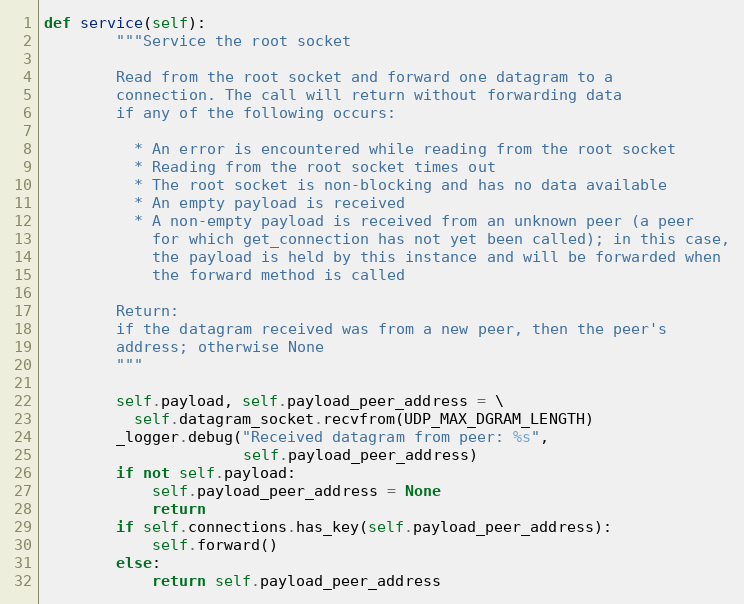
Language: Python
def service(self):
        """Service the root socket

        Read from the root socket and forward one datagram to a
        connection. The call will return without forwarding data
        if any of the following occurs:

          * An error is encountered while reading from the root socket
          * Reading from the root socket times out
          * The root socket is non-blocking and has no data available
          * An empty payload is received
          * A non-empty payload is received from an unknown peer (a peer
            for which get_connection has not yet been called); in this case,
            the payload is held by this instance and will be forwarded when
            the forward method is called

        Return:
        if the datagram received was from a new peer, then the peer's
        address; otherwise None
        """

        self.payload, self.payload_peer_address = \
          self.datagram_socket.recvfrom(UDP_MAX_DGRAM_LENGTH)
        _logger.debug("Received datagram from peer: %s",
                      self.payload_peer_address)
        if not self.payload:
            self.payload_peer_address = None
            return
        if self.connections.has_key(self.payload_peer_address):
            self.forward()
        else:
            return self.payload_peer_address